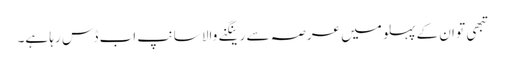
تبھی تو ان کے پہلو میں عرصہ سے رینگنے والا سانپ اب ڈس رہا ہے۔